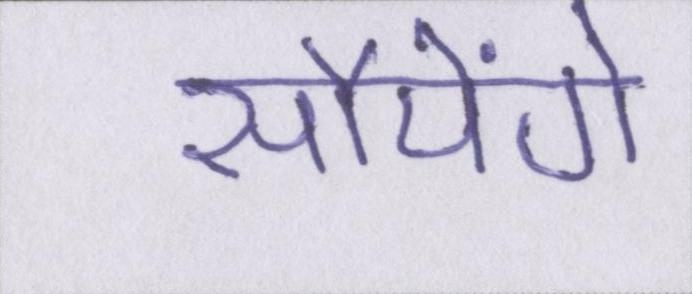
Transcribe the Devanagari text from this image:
सौपेंगे